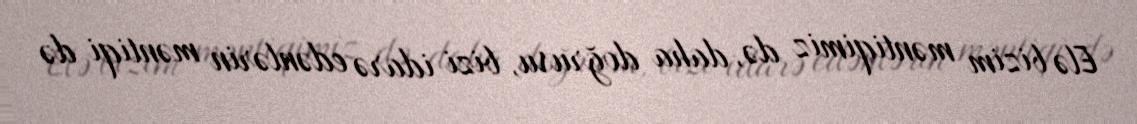
Elə bizim məntiqimiz də, daha doğrusu, bizi idarə edənlərin məntiqi də